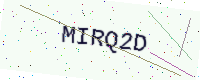
Text: MIRQ2D